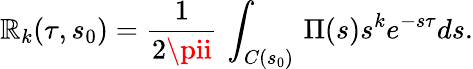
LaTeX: \mathbb{R}_{k}(\tau,s_{0})=\frac{{1}}{{2\pii}}\, \int_{C(s_{0})}\, \Pi(s)s^{k}e^{-s\tau}ds.